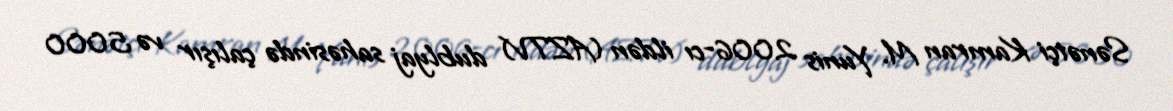
Sənətçi Kamran M. Yunis 2006-cı ildən (AZTV) dublyaj sahəsində çalışır və 5000